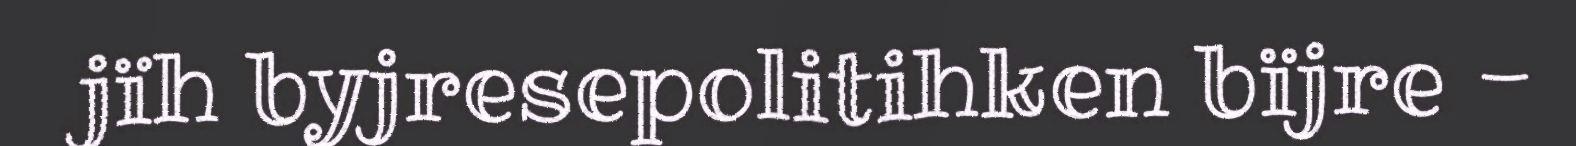
jïh byjresepolitihken bïjre -